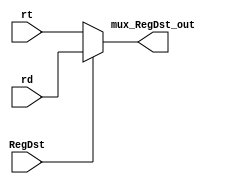
module mux_RegDst(rt, rd, RegDst, mux_RegDst_out);
    
    input RegDst;

    input [4:0] rt;
    input [4:0] rd;
    
    output reg [4:0] mux_RegDst_out;

    always @(*) begin
        if(RegDst)
            mux_RegDst_out <= rd;
        else
            mux_RegDst_out <= rt;
    end

    // initial
    //     begin
    //       $display("mux_regdst");
    //     end
endmodule

module mux_ALUSrc(ALUSrc, rtData, Imm, mux_ALUSrc_out);
    
    input ALUSrc;

    input [31:0] rtData;
    input [31:0] Imm;
    
    output reg [31:0] mux_ALUSrc_out;

    always @(*) begin
        if(ALUSrc)
            mux_ALUSrc_out <= rtData;
        else    
            mux_ALUSrc_out <= Imm;
    end

    // initial
    //     begin
    //       $display("mux_alusrc");
    //     end
endmodule

module mux_MemToReg(MemtoReg, DmData, ALUData, mux_MemToReg_out);
    
    input MemtoReg;
    
    input [31:0] DmData;
    input [31:0] ALUData;

    output reg [31:0] mux_MemToReg_out;

    always @(*) begin
        if(MemtoReg)
            mux_MemToReg_out <= DmData;
        else
            mux_MemToReg_out <= ALUData;
    end

    // initial
    //     begin
    //       $display("mux_memtoreg");
    //     end
endmodule


module mux_forward(forward_C, rs_rt_imm, writedata, alu_out, mux_forward_out);

    input [1:0] forward_C;
    input [31:0] rs_rt_imm;
    input [31:0] writedata;
    input [31:0] alu_out;

    output wire [31:0] mux_forward_out;

    assign mux_forward_out = (forward_C == 2'b10) ? alu_out : (forward_C == 2'b01) ? writedata : rs_rt_imm;

    // initial
    //     begin
    //       $display("mux_forward");
    //     end
endmodule //mux_forward

module mux_beq(regdata, AluOut, Forward_2, comparesrc);
    input [31:0] regdata;
    input [31:0] AluOut;
    input Forward_2;

    output [31:0] comparesrc;

    assign comparesrc = Forward_2 ? AluOut : regdata;

    // initial
    //     begin
    //       $display("mux_beq");
    //     end
endmodule